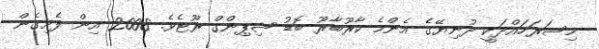
މިސަރަހައްދަކީ ދުނިޔޭގެ އެންމެ ކާރޫބާރޫ ބޮޑު ޝިޕިންގް ރޫޓެވެ. 2008 އިން ފެށިގެން